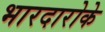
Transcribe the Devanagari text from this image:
भारदारोके